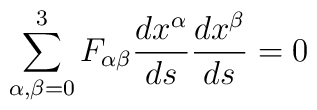
\sum_{\alpha, \beta = 0}^{3} F_{\alpha \beta } \frac{dx^{\alpha }}{ds}\frac{dx^{\beta }}{ds} = 0